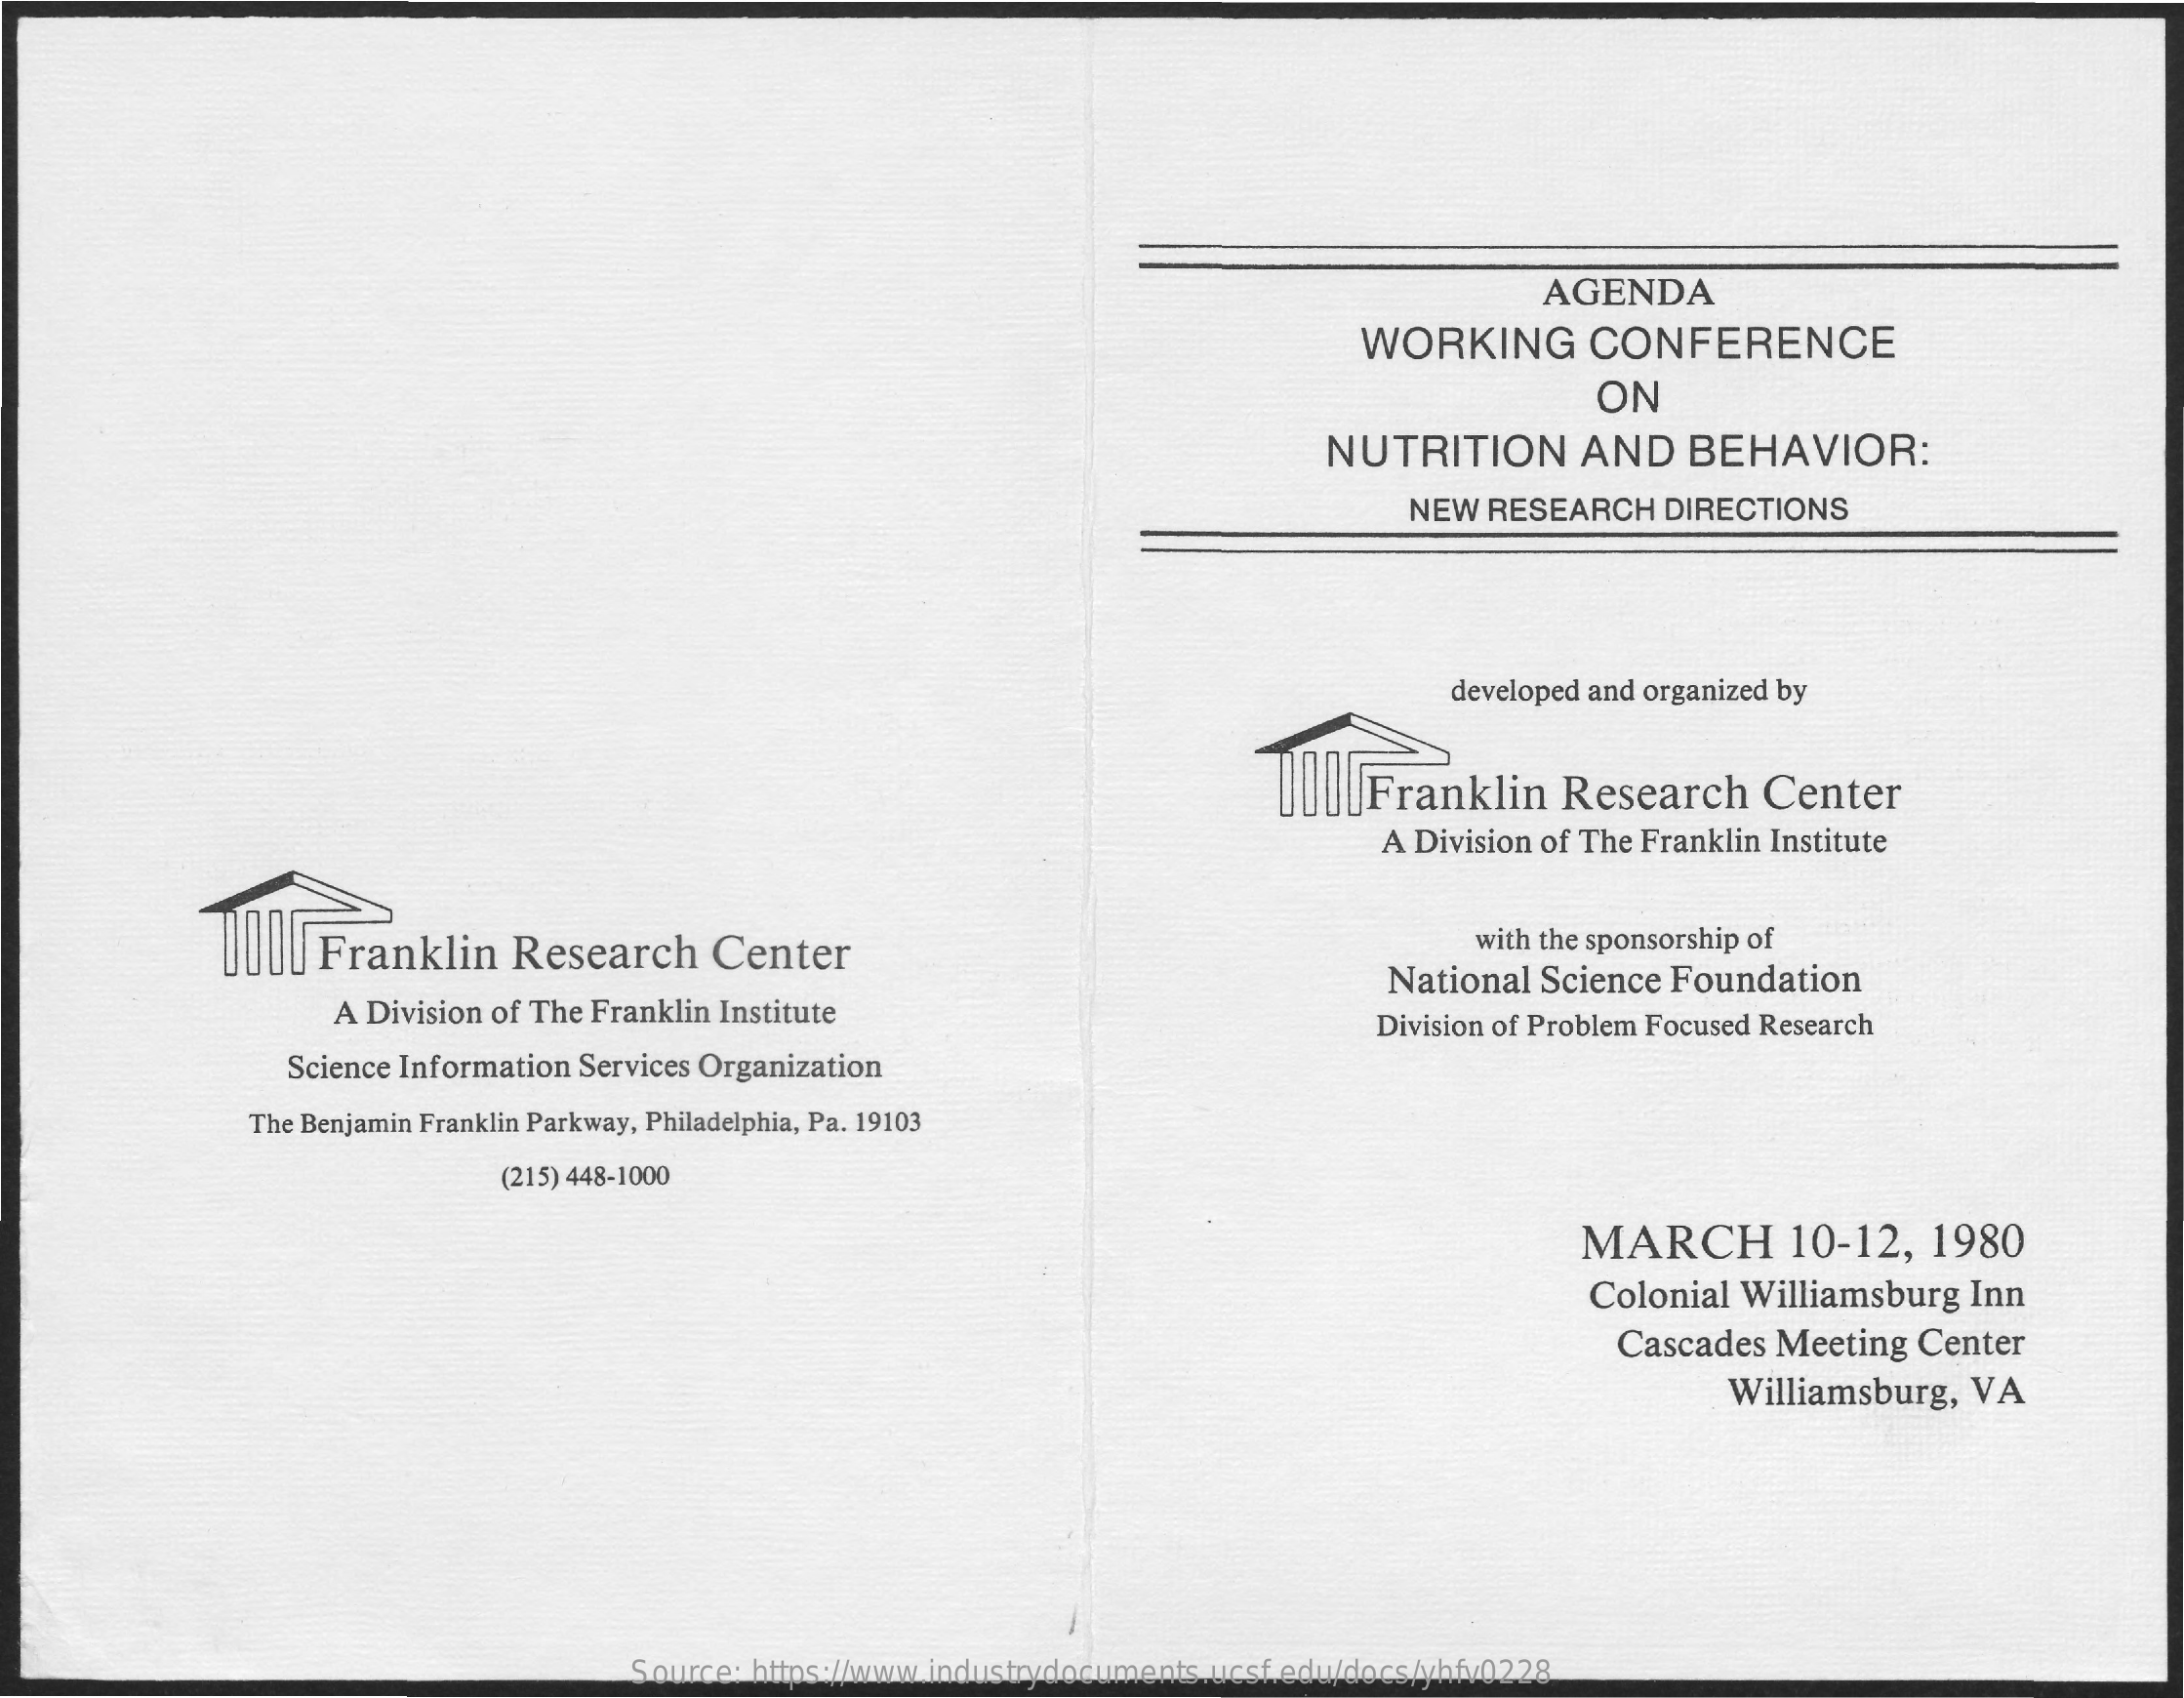
AGENDA
     WORKING    CONFERENCE
     ON
     NUTRITION    AND    BEHAVIOR:
     NEW RESEARCH    DIRECTIONS
     developed and organized by
     III|Franklin    Research    Center
     A Division of The Franklin Institute
     Ull|  Franklin    Research    Center    with the sponsorship of
     A Division of The Franklin Institute
     National  Science Foundation
     Division of Problem Focused Research
     Science Information Services Organization
     The Benjamin Franklin Parkway, Philadelphia, Pa. 19103
     (215) 448-1000
     MARCH    10-12,   1980
     Colonial  Williamsburg  Inn
     Cascades  Meeting  Center
     Williamsburg,   VA
     Source: https://www.industrydocuments.ucsf.edu/docs/yhfv0228